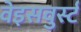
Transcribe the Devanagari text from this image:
वेइसवुर्स्ट